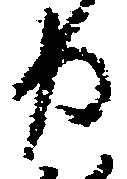
力